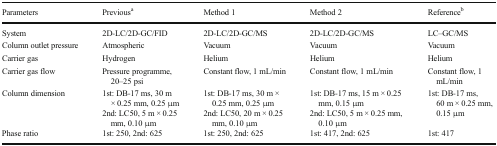
<table><thead><tr><td><b>Parameters</b></td><td><b>Previous<sup>a</sup></b></td><td><b>Method 1</b></td><td><b>Method 2</b></td><td><b>Reference<sup>b</sup></b></td></tr></thead><tbody><tr><td>System</td><td>2D-LC/2D-GC/FID</td><td>2D-LC/2D-GC/MS</td><td>2D-LC/2D-GC/MS</td><td>LC–GC/MS</td></tr><tr><td>Column outlet pressure</td><td>Atmospheric</td><td>Vacuum</td><td>Vacuum</td><td>Vacuum</td></tr><tr><td>Carrier gas</td><td>Hydrogen</td><td>Helium</td><td>Helium</td><td>Helium</td></tr><tr><td>Carrier gas flow</td><td>Pressure programme, 20–25 psi</td><td>Constant flow, 1 mL/min</td><td>Constant flow, 1 mL/min</td><td>Constant flow, 1 mL/min</td></tr><tr><td>Column dimension</td><td>1st: DB-17 ms, 30 m × 0.25 mm, 0.25 μm2nd: LC50, 5 m × 0.25 mm, 0.10 μm</td><td>1st: DB-17 ms, 30 m × 0.25 mm, 0.25 μm2nd: LC50, 20 m × 0.25 mm, 0.10 μm</td><td>1st: DB-17 ms, 15 m × 0.25 mm, 0.15 μm2nd: LC50, 5 m × 0.25 mm, 0.10 μm</td><td>1st: DB-17 ms, 60 m × 0.25 mm, 0.15 μm</td></tr><tr><td>Phase ratio</td><td>1st: 250, 2nd: 625</td><td>1st: 250, 2nd: 625</td><td>1st: 417, 2nd: 625</td><td>1st: 417</td></tr></tbody></table>